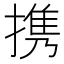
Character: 携